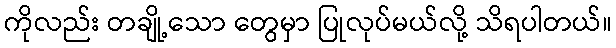
ကိုလည်း တချို့သော တွေမှာ ပြုလုပ်မယ်လို့ သိရပါတယ်။